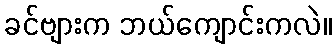
ခင်ဗျားက ဘယ်ကျောင်းကလဲ။